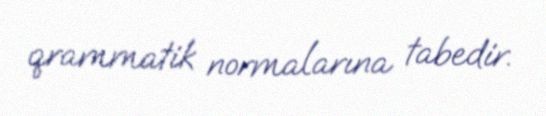
qrammatik normalarına tabedir.